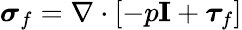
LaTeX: {\boldsymbol\sigma_{f}}=\nabla\cdot\left[-p\mathbf{I}+\boldsymbol{\tau}_{f}\right]